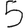
Digit: 5